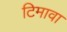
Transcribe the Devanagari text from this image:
टिमावा